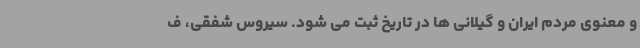
و معنوی مردم ایران و گیلانی ها در تاریخ ثبت می شود. سیروس شفقی، ف